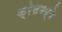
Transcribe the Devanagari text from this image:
क्रेसमध्ये